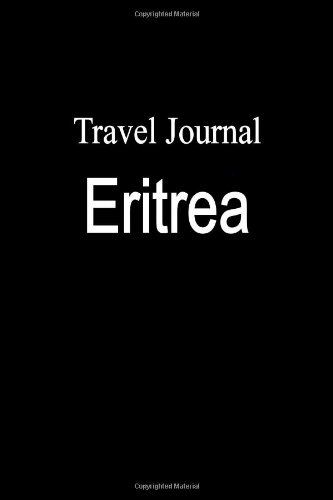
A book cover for Travel Journal Eritrea; E Locken; Travel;